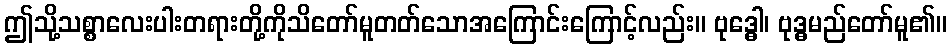
ဤသို့သစ္စာလေးပါးတရားတို့ကိုသိတော်မူတတ်သောအကြောင်းကြောင့်လည်း။ ဗုဒ္ဓေါ၊ ဗုဒ္ဓမည်တော်မူ၏။